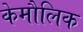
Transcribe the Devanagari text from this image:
केमौलिक